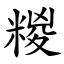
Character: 糉